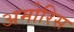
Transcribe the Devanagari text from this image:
अमोरिस